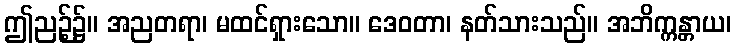
ဤညဉ့်၌။ အညတရာ၊ မထင်ရှားသော။ ဒေဝတာ၊ နတ်သားသည်။ အဘိက္ကန္တာယ၊